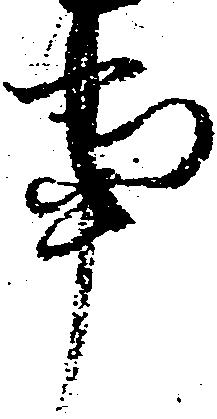
事